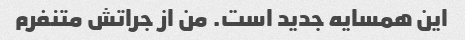
این همسایه جدید است. من از جراتش متنفرم